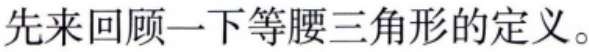
先来回顾一下等腰三角形的定义。